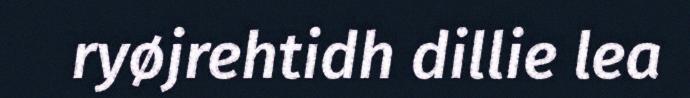
ryøjrehtidh dillie lea